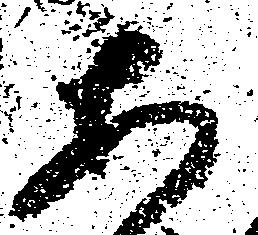
あ